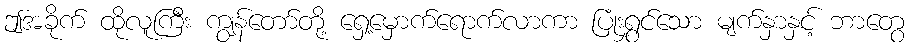
ဤအခိုက် ထိုလူကြီး ကျွန်တော်တို့ ရှေ့မှောက်ရောက်လာကာ ပြုံးရွှင်သော မျက်နှာနှင့် ဘာတွေ